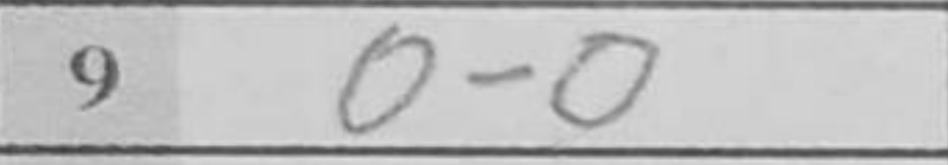
Transcription: O-O